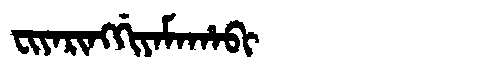
Manchu: ᠸᡳᠶᠠᡵᡳᠩᡤᡳᠶᠠᠮᠠᡥᠠᠪᡳ
Romanization: FIYARINGGIYAMAHABI